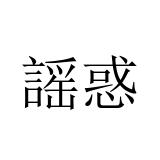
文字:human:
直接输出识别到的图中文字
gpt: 謡惑